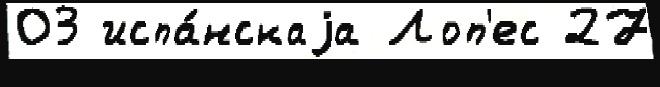
03 испа́нскаjа Лоп'ес 27